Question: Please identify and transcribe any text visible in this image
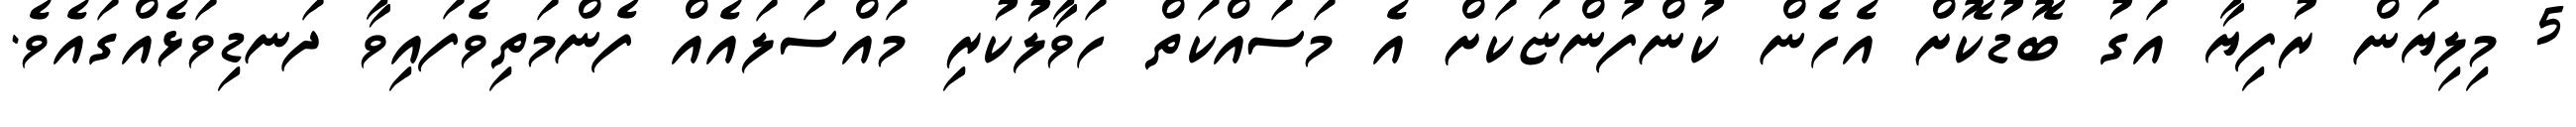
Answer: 5 މިލިޔަން ރުފިޔާ އަގު ބޮޑުކޮށް އެހެން ކުންފުންޏަކަށް އެ މަސައްކަތް ހަވާލުކުރި މައްސަލައެއް ފެންމަތިވެފައިވާ ދަނޑިވަޅެއްގައެވެ.